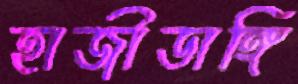
হাজীডাঙ্গি